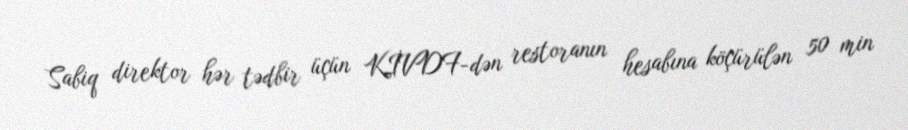
Sabiq direktor hər tədbir üçün KİVDF-dən restoranın hesabına köçürülən 50 min